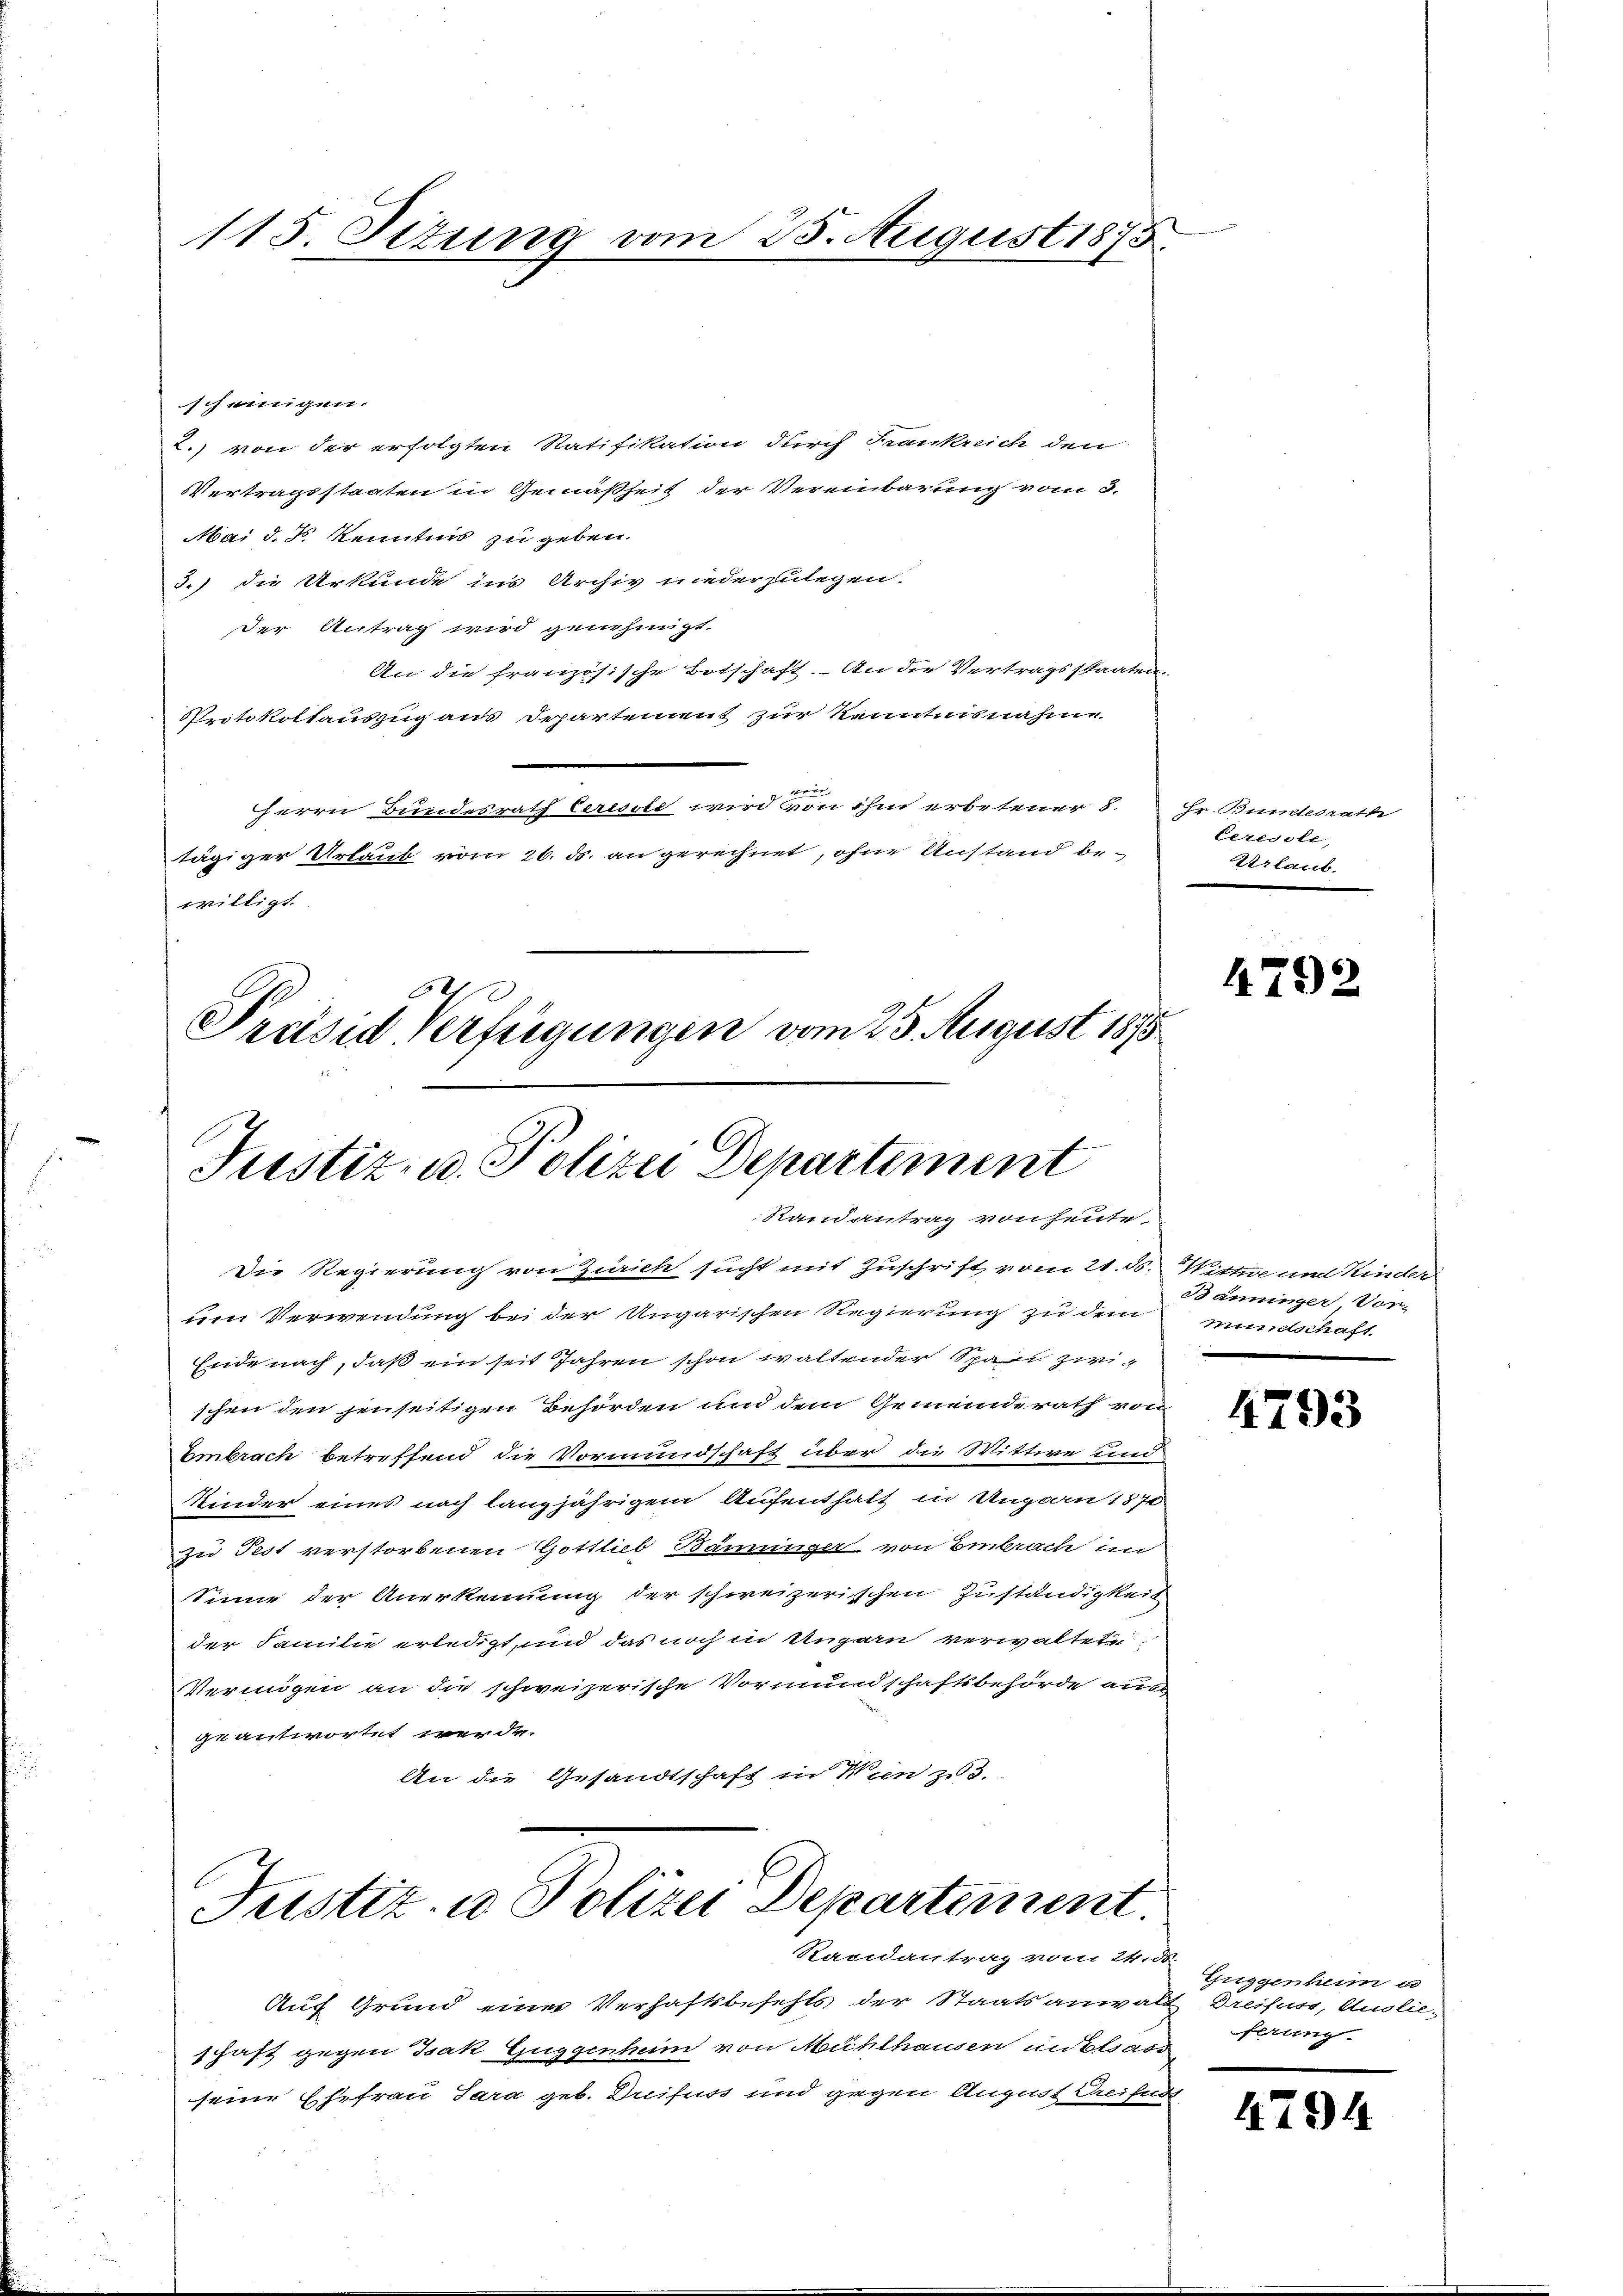
115. Situng vom 25. August 1875.

scheinigen.
2.) von der erfolgten Ratifikation durch Frankreich den
Vertragsstaaten in Gemäßheit der Vereinbarung vom 3.
Mai d. J. Kenntnis zu geben.
3.) die Urkunde ins Archiv niederzulegen.
der Antrag wird genehmigt.
An die französische Botschaft. An die Vertragsstaaten
Protokollauszug aus Departement zur Kenntnisnahme
e
Herrn Bundesrath Ceressie wird von ihm erbetener 8. Hr. Bundesrath
tägiger Urlaub vom 26. ds. an gerechnet, ohne Anstand be-
willigt

64
Präsid. Verfügungen vom 25. August 1875
Justiz- u. Polizei Departement
Randantrag von heute

Justiz- u Polizei Departement
Randantrag vom 24. ds.

Die Regierung von Zürich sucht mit Zuschrift vom 21. ds. Wittwe und Kinder
um Verwendung bei der Ungarischen Regierung zu dem muntschaft.
Ende nach, daß ein seit Jahren schon waltender Spart zwischen den jenseitigen Behörden und dem Gemeinderath von
Embrach betreffend die Vormundschaft über die Wittwe und
Kinder eines noch langjährigem Aufenthalt in Ungarn 187
zu Fest verstorbenen Gottlieb Bamunger von Embrach im
Sinne der Anerkennung der schweizerischen Zuständigkeit
der Familie erledigt, und das noch in Ungarn verwaltet
Vermögen an die schweizerische Vormundschaftsbehörde aus
geantwortet werde.
An die Gesandtschaft in Wien 23.

Auf Grund einer Verhaftsbefehls der Staatsanwalt Dreifuss, Auslieschaft gegen Isak Guggenheim von Mühlhausen und star
seine Ehefrau Sara geb. Dreifuss und gegen August Greifun

Ceresste,
Urlaub.

4792

Bänninger, Vor-

4793

Guggenheim u
ferung

4794